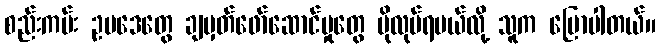
စည်းကမ်း ဥပဒေတွေ ချမှတ်ဖော်ဆောင်မှုတွေ ပိုလုပ်ရမယ်လို့ သူက ပြောပါတယ်။